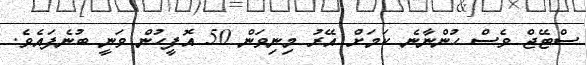
ސްޓޭޖް ވެސް ހުންނާނެ ކަމަށް އޭރު މިނިވަން 50 އޮފީހުން ވަނީ ބުނެފައެވެ.